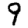
Digit: 9